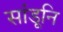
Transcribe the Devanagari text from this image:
सांडूनि